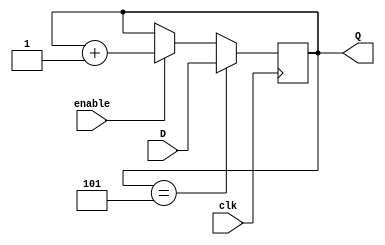
`timescale 1ns / 1ps
//////////////////////////////////////////////////////////////////////////////////
// Company: 
// Engineer: 
// 
// Design Name: 
// Module Name: modx
// Project Name: 
// Target Devices: 
// Tool Versions: 
// Description: 
// 
// Dependencies: 
// 
// Revision:
// Revision 0.01 - File Created
// Additional Comments:
// 
//////////////////////////////////////////////////////////////////////////////////


module modx
    #(  parameter X = 6,
        parameter WIDTH = 3)
    (
        input       clk, enable,
        input       [WIDTH-1:0] D,
        output reg  [WIDTH-1:0] Q
    );

    assign load = (Q == (X - 1));
    initial Q = 0;

    always @(posedge clk) begin
        if (load)
            Q <= D;
        else if (enable)
            Q <= Q + 1'b1;
        else
            Q <= Q;
    end

endmodule